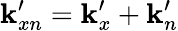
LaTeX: \mathbf{k}_{xn}^{\prime}=\mathbf{k}_{x}^{\prime}+\mathbf{k}_{n}^{\prime}